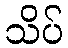
သိပ်